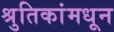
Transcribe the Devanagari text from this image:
श्रुतिकांमधून